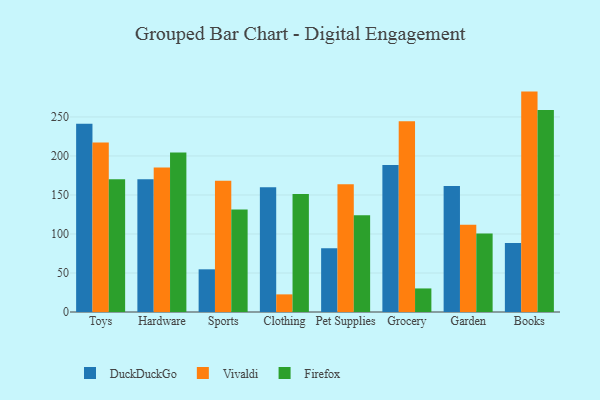
{"axis": {"x": "Category", "y": "Gross Profit (USD K)"}, "legend": ["DuckDuckGo", "Firefox", "Vivaldi"], "data": [{"x": "Toys", "y": 241.2, "type": "DuckDuckGo"}, {"x": "Toys", "y": 217.2, "type": "Vivaldi"}, {"x": "Toys", "y": 170.0, "type": "Firefox"}, {"x": "Hardware", "y": 170.1, "type": "DuckDuckGo"}, {"x": "Hardware", "y": 185.2, "type": "Vivaldi"}, {"x": "Hardware", "y": 204.3, "type": "Firefox"}, {"x": "Sports", "y": 54.7, "type": "DuckDuckGo"}, {"x": "Sports", "y": 168.3, "type": "Vivaldi"}, {"x": "Sports", "y": 131.5, "type": "Firefox"}, {"x": "Clothing", "y": 160.0, "type": "DuckDuckGo"}, {"x": "Clothing", "y": 22.6, "type": "Vivaldi"}, {"x": "Clothing", "y": 151.2, "type": "Firefox"}, {"x": "Pet Supplies", "y": 81.7, "type": "DuckDuckGo"}, {"x": "Pet Supplies", "y": 163.7, "type": "Vivaldi"}, {"x": "Pet Supplies", "y": 124.1, "type": "Firefox"}, {"x": "Grocery", "y": 188.5, "type": "DuckDuckGo"}, {"x": "Grocery", "y": 244.5, "type": "Vivaldi"}, {"x": "Grocery", "y": 30.2, "type": "Firefox"}, {"x": "Garden", "y": 161.6, "type": "DuckDuckGo"}, {"x": "Garden", "y": 111.7, "type": "Vivaldi"}, {"x": "Garden", "y": 100.7, "type": "Firefox"}, {"x": "Books", "y": 88.6, "type": "DuckDuckGo"}, {"x": "Books", "y": 282.5, "type": "Vivaldi"}, {"x": "Books", "y": 258.9, "type": "Firefox"}]}